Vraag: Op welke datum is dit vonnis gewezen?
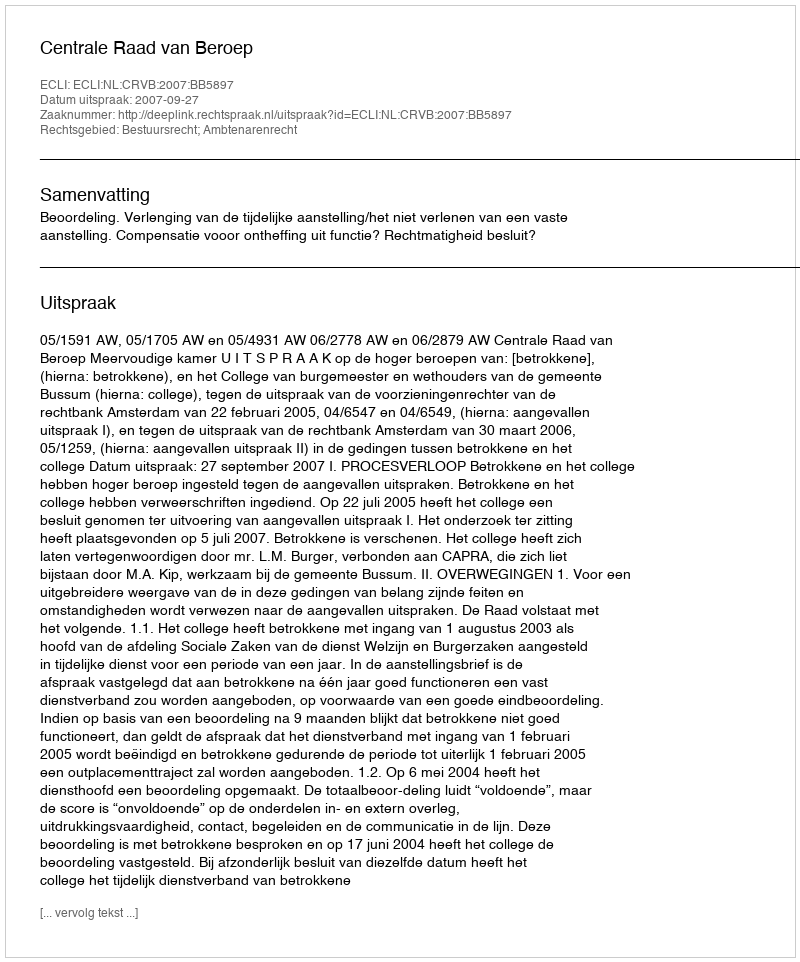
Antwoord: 2007-09-27